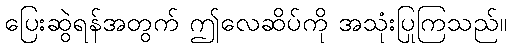
ပြေးဆွဲရန်အတွက် ဤလေဆိပ်ကို အသုံးပြုကြသည်။